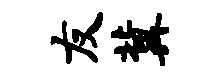
友冀